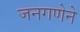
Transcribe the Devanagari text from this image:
जनगणेने